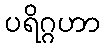
ပရိဂ္ဂဟာ